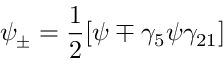
\psi _ { \pm } = \frac { 1 } { 2 } [ \psi \mp \gamma _ { 5 } \psi \gamma _ { 2 1 } ]